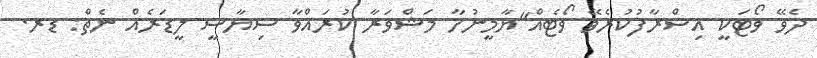
ދެވޭ ވޯޓަކީ އިސްރާފުކުރެވޭ ވޯޓެއް"ޔާމީނުހާ މަޝްވަރާ ކުރައްވާ ސިޔާސީ ލީޑަރެއް ނެތް: ޑރ.